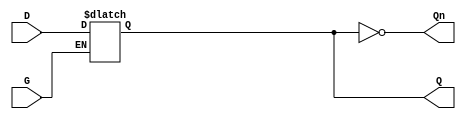
module gated_d_latch (
    input wire D,   // Data input
    input wire G,   // Gate/Enable input
    output reg Q,   // Output
    output wire Qn  // Complement of Output
);

// Complement of Q
assign Qn = ~Q;

// Always block to implement the latch behavior
always @ (G or D) begin
    if (G) begin
        Q <= D;  // Latch captures the value of D when G is high
    end
    // When G is low, Q retains its previous value
end

endmodule